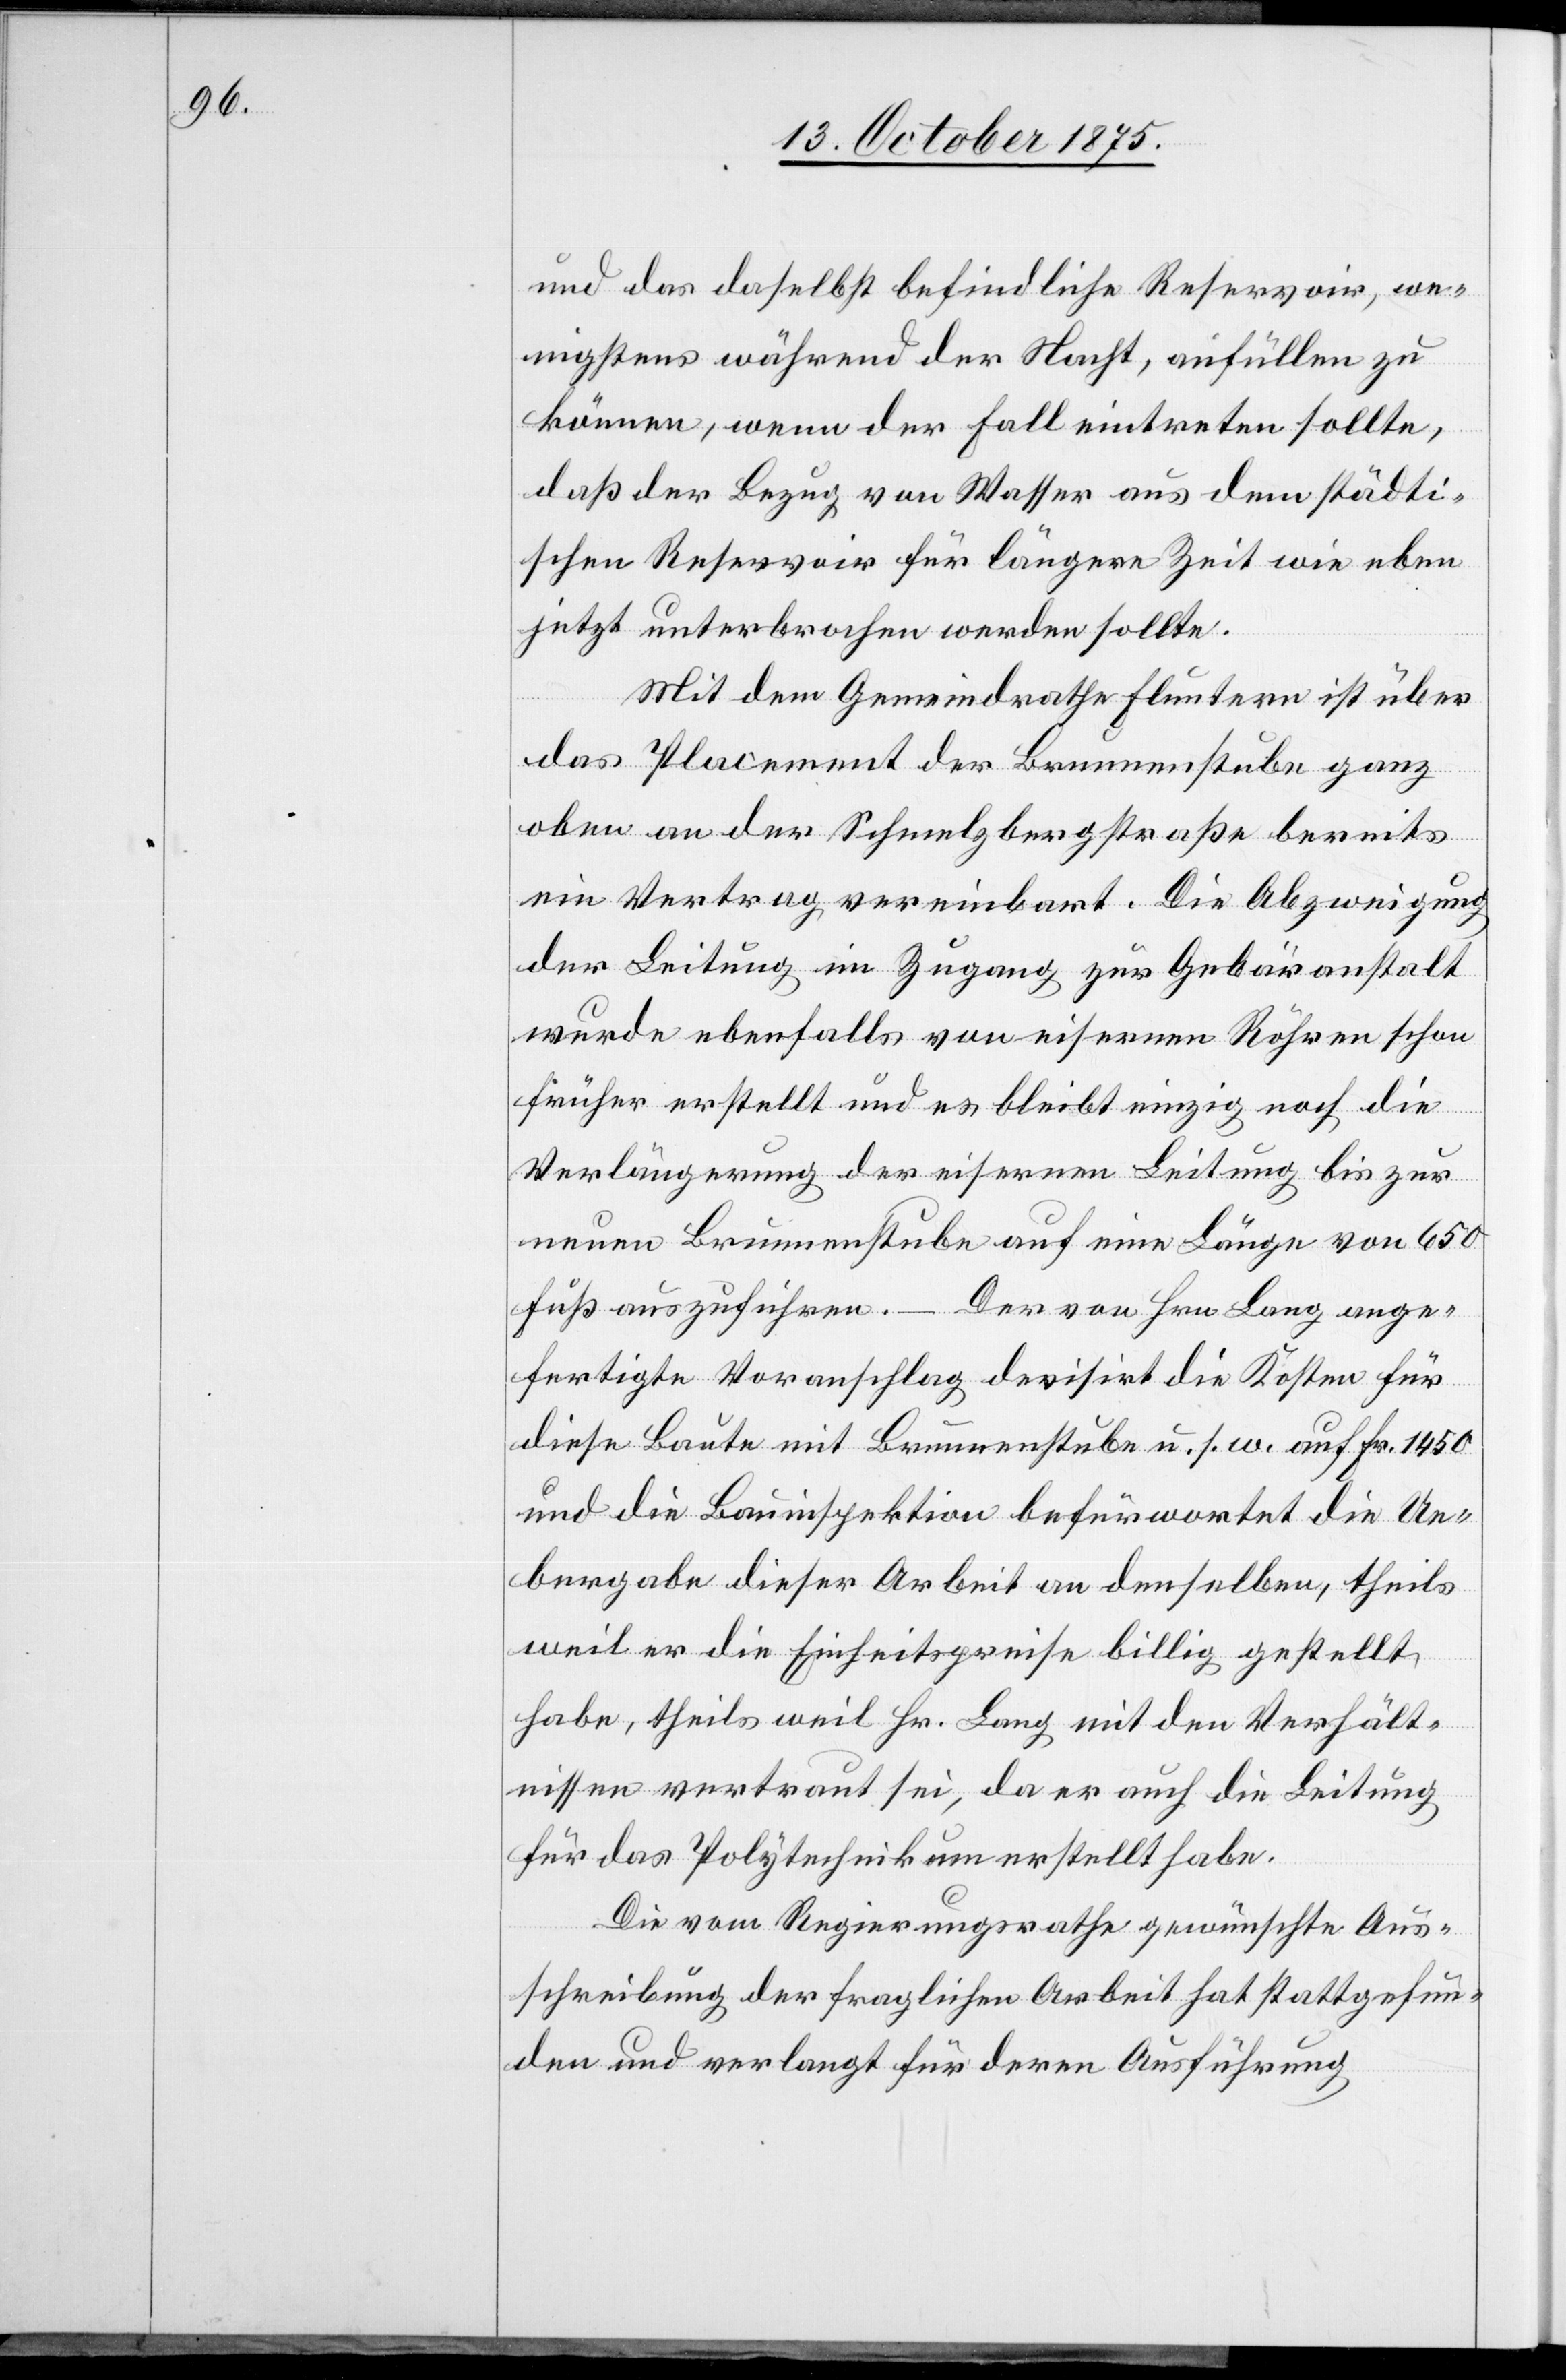
und das daselbst befindliche Reservoir, we¬
nigstens während der Nacht, anfüllen zu
können, wenn der Fall eintreten sollte,
daß der Bezug von Wasser aus dem städti¬
schen Reservoir für längere Zeit wie eben
jetzt unterbrochen werden sollte.
Mit dem Gemeindrathe Fluntern ist über
das Placement der Brunnenstube ganz
oben an der Schmelzbergstraße bereits
ein Vertrag vereinbart. Die Abzweigung
der Leitung im Zugang zur Gebäranstalt
wurde ebenfalls von eisernen Röhren schon
früher erstellt und es bleibt einzig noch die
Verlängerung der eisernen Leitung bis zur
neuen Brunnenstube auf eine Länge von 650
Fuß auszuführen.
Der von Hrn. Lang ange¬
fertigte Voranschlag devisirt die Kosten für
diese Baute mit Brunnenstube u. s. w. auf Fr. 1450
und die Bauinspektion befürwortet die Ue¬
bergabe dieser Arbeit an denselben, theils
weil er die Einheitspreise billig gestellt
habe, theils weil Hr. Lang mit den Verhält¬
nissen vertraut sei, da er auch die Leitung
für das Polytechnikum erstellt habe.
Die vom Regierungsrathe gewünschte Aus¬
schreibung der fraglichen Arbeit hat stattgefun¬
den und verlangt für deren Ausführung